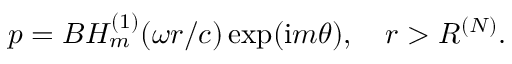
\begin{array} { r } { p = B H _ { m } ^ { ( 1 ) } ( \omega r / c ) \exp ( \mathrm { i } m \theta ) , \quad r > R ^ { ( N ) } . } \end{array}